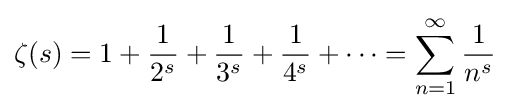
\zeta (s)=1+{\frac {1}{2^{s}}}+{\frac {1}{3^{s}}}+{\frac {1}{4^{s}}}+\cdots =\sum _{n=1}^{\infty }{\frac {1}{n^{s}}}